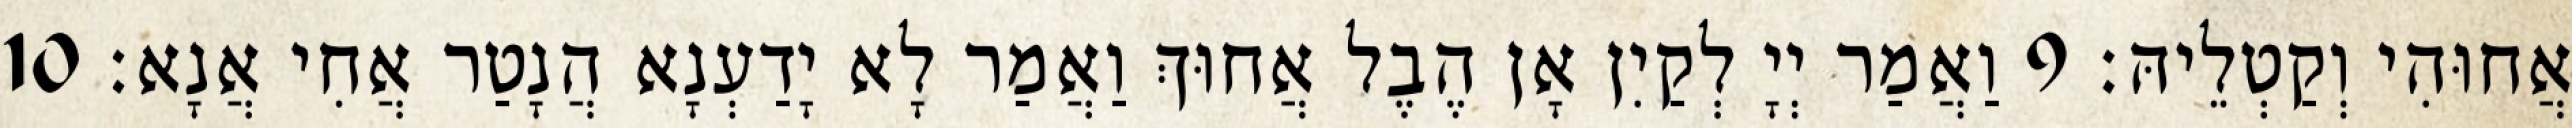
אֲחוּהִי וְקַטְלֵיהּ׃ 9 וַאֲמַר יְיָ לְקַיִן אָן הֶבֶל אֲחוּךְ וַאֲמַר לָא יָדַעְנָא הֲנָטַר אֲחִי אֲנָא׃ 10